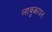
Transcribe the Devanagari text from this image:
लावुकायन